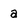
Character: a